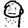
Digit: 9